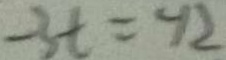
- 3 t = - 1 2